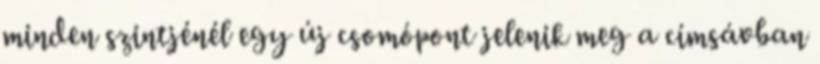
minden szintjénél egy új csomópont jelenik meg a címsávban